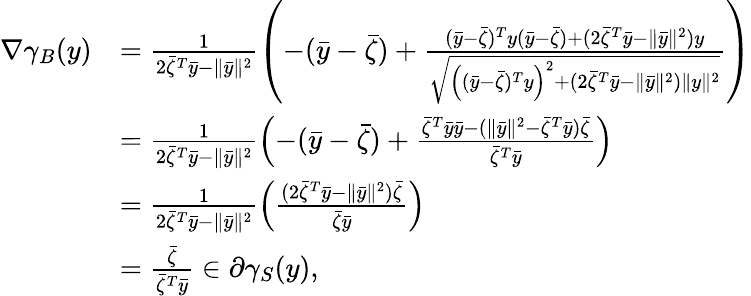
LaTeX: \begin{array}{rl}{\nabla\gamma_{B}(y)}&{=\frac{1}{2\bar{\zeta}^{T}\bar{y}-\| \bar{y}\| ^{2}}\left(-(\bar{y}-\bar{\zeta})+\frac{(\bar{y}-\bar{\zeta})^{T}y(\bar{y}-\bar{\zeta})+(2\bar{\zeta}^{T}\bar{y}-\| \bar{y}\| ^{2})y}{\sqrt{\left((\bar{y}-\bar{\zeta})^{T}y\right)^{2}+(2\bar{\zeta}^{T}\bar{y}-\| \bar{y}\| ^{2})\| y\| ^{2}}}\right)}\\ &{=\frac{1}{2\bar{\zeta}^{T}\bar{y}-\| \bar{y}\| ^{2}}\left(-(\bar{y}-\bar{\zeta})+\frac{\bar{\zeta}^{T}\bar{y}\bar{y}-(\| \bar{y}\| ^{2}-\bar{\zeta}^{T}\bar{y})\bar{\zeta}}{\bar{\zeta}^{T}\bar{y}}\right)}\\ &{=\frac{1}{2\bar{\zeta}^{T}\bar{y}-\| \bar{y}\| ^{2}}\left(\frac{(2\bar{\zeta}^{T}\bar{y}-\| \bar{y}\| ^{2})\bar{\zeta}}{\bar{\zeta}\bar{y}}\right)}\\ &{=\frac{\bar{\zeta}}{\bar{\zeta}^{T}\bar{y}}\in\partial\gamma_{S}(y),}\end{array}